Indian journal of veterinary science and animal husbandry - Volume 14,
Year: 1944
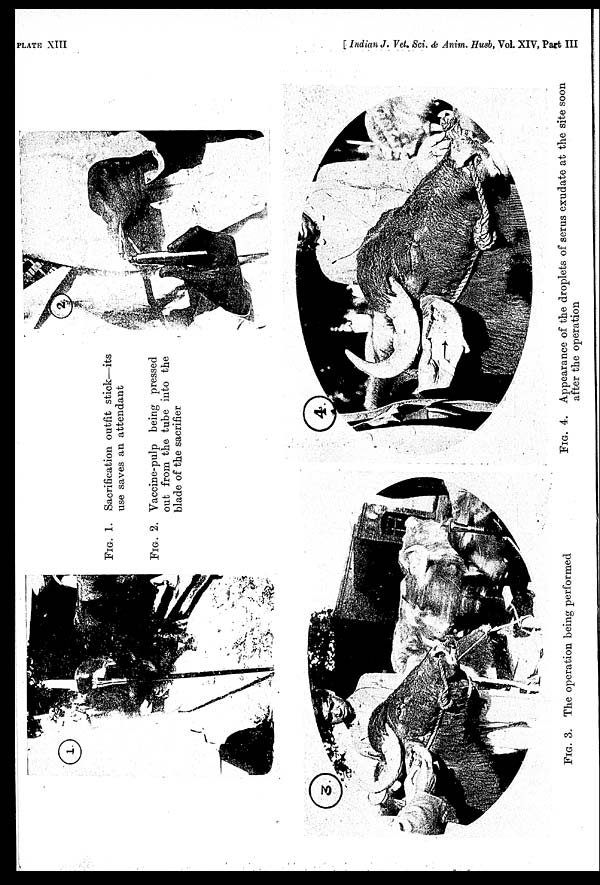
PLATE XIII
[ Indian J. Vet. Sci. & Anim. Husb, Vol. XIV, Part III
FIG. 1. Sacrification outfit stick—its
use saves an attendant
FIG. 2. Vaccine-pulp being pressed
out from the tube into the
blade of the sacrifier
FIG. 3. The operation being performed
FIG. 4. Appearance of the droplets of serus exudate at the site soon
after the operation